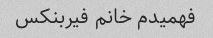
فهمیدم خانم فیربنکس